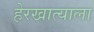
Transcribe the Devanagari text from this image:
हेरखात्याला